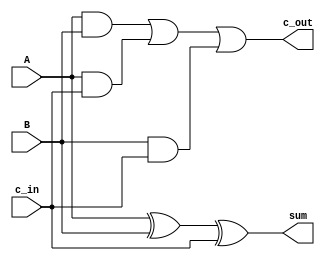
module Adder (A,B,c_in,c_out,sum);
input A,B,c_in;
output c_out,sum;

assign sum = A^B^c_in ;
assign c_out = (A&B) | (A&c_in) | (B&c_in) ;

endmodule 


module Full_Adder (A,B,c_in,c_out,sum);
input [3:0] A,B ;
input c_in ;
output [3:0] sum ;
output c_out ;

wire c1,c2,c3;

Adder add1 (A[0],B[0],c_in,c1,sum[0]);
Adder add2 (A[1],B[1],c1,c2,sum[1]);
Adder add3 (A[2],B[2],c2,c3,sum[2]);
Adder add4 (A[3],B[3],c3,c_out,sum[3]);

endmodule